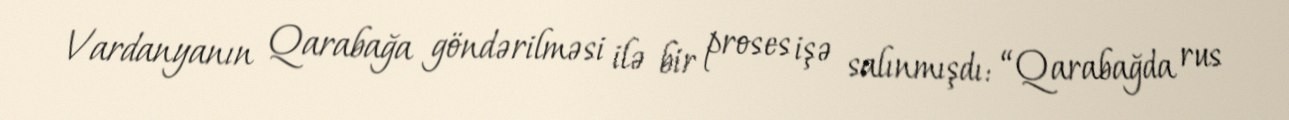
Vardanyanın Qarabağa göndərilməsi ilə bir proses işə salınmışdı: “Qarabağda rus